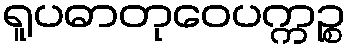
ရူပဓာတုဝေပက္ကဉ္စ